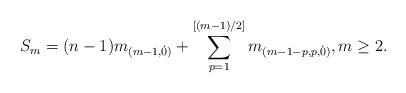
LaTeX: \begin{align*} S_m = (n-1) m_{(m-1,\dot{0})} + \sum_{p=1}^{[(m-1)/2]} m_{(m-1-p,p,\dot{0})}, m \ge 2.\end{align*}